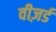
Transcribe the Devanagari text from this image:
वीज़र्ड